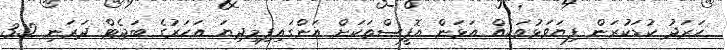
ހަރަދު ކުޑަކުރަން ފިޔަވަޅުތަކެއް އަޅަން އޮފީސްތަކަށް އަންގައިފިމިދިޔަ އަހަރުގެ ބަޖެޓް ދަރަނި 3.2